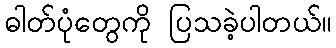
ဓါတ်ပုံတွေကို ပြသခဲ့ပါတယ်။